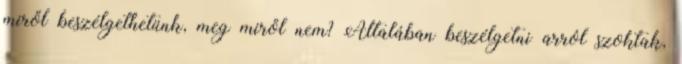
miről beszélgethetünk, meg miről nem? Általában beszélgetni arról szoktak,